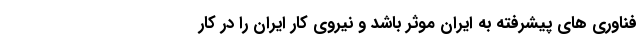
فناوری های پیشرفته به ایران موثر باشد و نیروی کار ایران را در کار